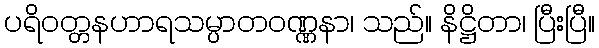
ပရိဝတ္တနဟာရသမ္ပာတဝဏ္ဏနာ၊ သည်။ နိဋ္ဌိတာ၊ ပြီးပြီ။